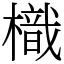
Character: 樴